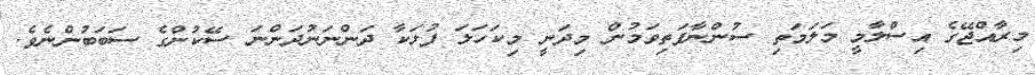
މިރާއްޖޭގެ އިސްލާމީ މަލަމަތި ސުންނާފަތިވަމުން މިދަނީ މިކަހަލަ ފުޅަކާ ދަންނަނުދަންނަ ސޭކުންގެ ސަބަބުންނެވެ.